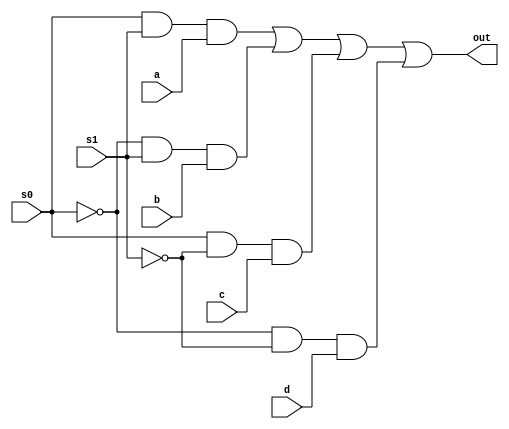
module mux_4x1(input s0,s1,a,b,c,d,output out);

wire inv_s0,inv_s1,w1,w2,w3,w4;

not a1(inv_s0,s0);
not a2(inv_s1,s1);

and a3(w1,s0,s1,a);
and a4(w2,inv_s0,s1,b);
and a5(w3,s0,inv_s1,c);
and a6(w4,inv_s0,inv_s1,d);

or a7(out,w1,w2,w3,w4);

endmodule